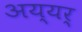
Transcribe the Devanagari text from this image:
अय्यर्